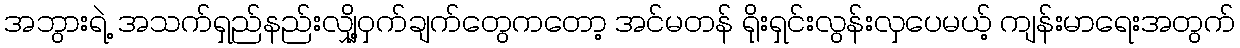
အဘွားရဲ့ အသက်ရှည်နည်းလျှို့ဝှက်ချက်တွေကတော့ အင်မတန် ရိုးရှင်းလွန်းလှပေမယ့် ကျန်းမာရေးအတွက်